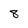
Character: 8